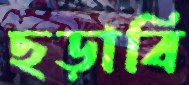
ছড়াবি